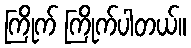
ကြိုက် ကြိုက်ပါတယ်။